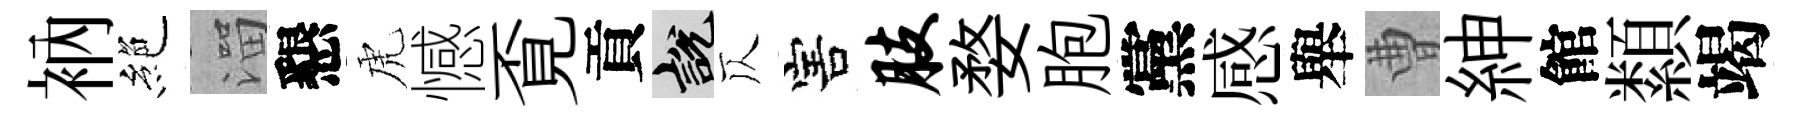
衲絶溜懇虎憾覔貢説仄害肢婺胞黨感舉曹紳館纇竭